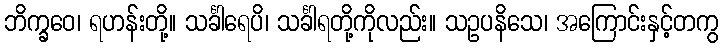
ဘိက္ခဝေ၊ ရဟန်းတို့။ သင်္ခါရေပိ၊ သင်္ခါရတို့ကိုလည်း။ သဥပနိသေ၊ အကြောင်းနှင့်တကွ